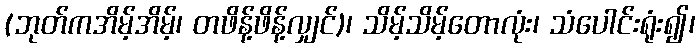
(ဘုတ်ကအိမ့်အိမ့်၊ တဖိန့်ဖိန့်လျှင်)၊ သိမ့်သိမ့်တောလုံး၊ သံပေါင်းရုံး၍၊